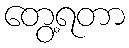
တွေ့ရတာ